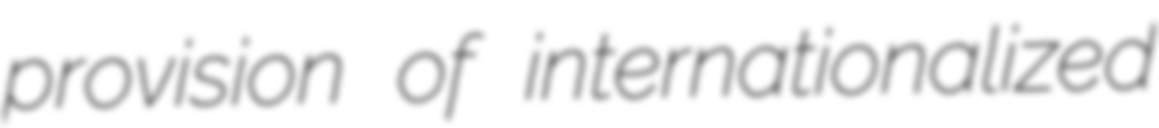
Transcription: provision of internationalized